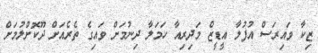
ޒިކާ ވައިރަސް އުފުލާ އީޑީޒް މަދިރިއާ ހަމަލާ ދިނުމަށް ވައިގެ ތެރެއަށް ދޫކޮށްލުމަށް